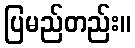
ပြမည်တည်း။